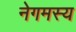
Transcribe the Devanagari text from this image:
नेगमस्य